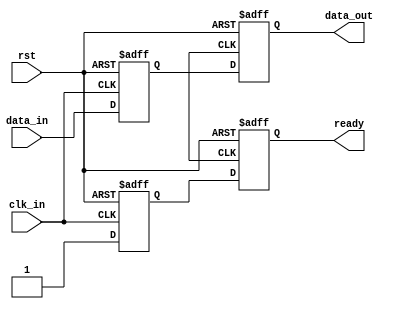
module synchronizer (
  input wire clk_in, // input clock signal
  input wire rst,   // reset signal
  input wire [7:0] data_in, // input data signal
  output reg [7:0] data_out, // output data signal
  output reg ready // output ready signal
);

reg [7:0] data_reg; // register for holding input data
reg ready_reg; // register for ready signal

always @ (posedge clk_in or posedge rst) begin
  if (rst) begin
    data_reg <= 8'b0; // reset data register
    ready_reg <= 1'b0; // reset ready register
  end else begin
    data_reg <= data_in; // capture input data
    ready_reg <= 1'b1; // set ready signal
  end
end

always @ (posedge clk_out or posedge rst) begin
  if (rst) begin
    data_out <= 8'b0; // reset output data
    ready <= 1'b0; // reset ready signal
  end else begin
    data_out <= data_reg; // output synchronized data
    ready <= ready_reg; // output ready signal
  end
end

endmodule